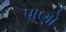
પાણો